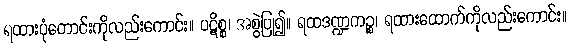
ရထားပုံတောင်းကိုလည်းကောင်း။ ပဋိစ္စ၊ အစွဲပြု၍။ ရထဒဏ္ဍကဉ္စ၊ ရထားထောက်ကိုလည်းကောင်း။